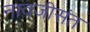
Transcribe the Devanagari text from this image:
नावजीसंत